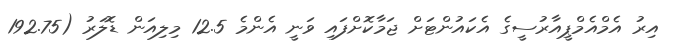
އިރު އެމްއެމްޕީއާރުސީގެ އެކައުންޓަށް ޖަމާކޮށްފައި ވަނީ އެންމެ 12.5 މިލިއަން ޑޮލަރު (192.75